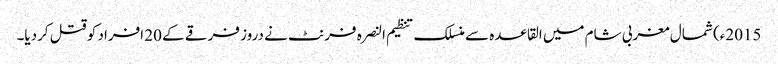
2015ء) شمال مغربی شام میں القاعدہ سے منسلک تنظیم النصرہ فرنٹ نے دروز فرقے کے 20 افراد کو قتل کردیا۔